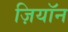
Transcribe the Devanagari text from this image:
ज़ियॉन